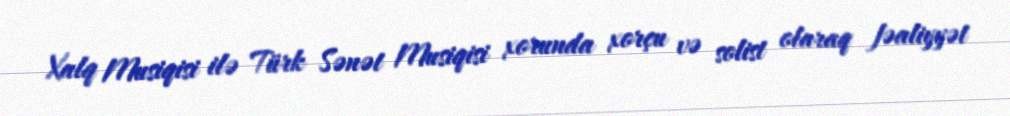
Xalq Musiqisi ilə Türk Sənət Musiqisi xorunda xorçu və solist olaraq fəaliyyət